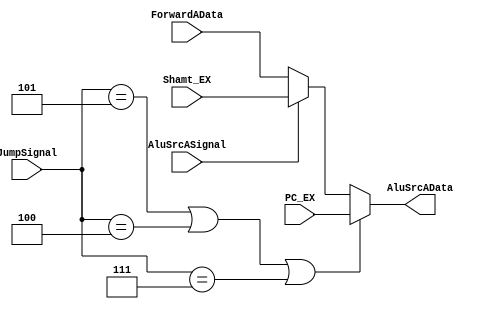
`timescale 1ns / 1ps
//////////////////////////////////////////////////////////////////////////////////
// Company: 
// Engineer: 
// 
// Design Name: 
// Module Name: AluSrcA
// Project Name: 
// Target Devices: 
// Tool Versions: 
// Description: 
// 
// Dependencies: 
// 
// Revision:
// Revision 0.01 - File Created
// Additional Comments:
// 
//////////////////////////////////////////////////////////////////////////////////


module AluSrcA(
    input [31:0] ForwardAData,
    input [31:0] Shamt_EX,
    input [31:0] PC_EX,
    input [2:0] JumpSignal,
    input AluSrcASignal,
    output reg[31:0] AluSrcAData    
    );
    
    always @(*) begin
        if(JumpSignal == 3'b101 || JumpSignal == 3'b100 || JumpSignal == 3'b111) AluSrcAData = PC_EX;
        else begin
            if(AluSrcASignal)
                AluSrcAData = Shamt_EX;
            else AluSrcAData = ForwardAData;
        end
    end
    
endmodule